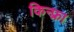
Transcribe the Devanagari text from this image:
किन्फ़्रा